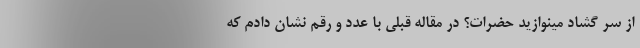
از سر گشاد مینوازید حضرات؟ در مقاله قبلی با عدد و رقم نشان دادم که